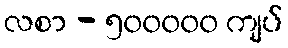
လစာ - ၅၀၀၀၀၀ ကျပ်